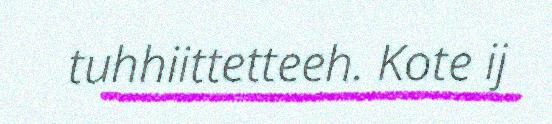
tuhhiittetteeh. Kote ij